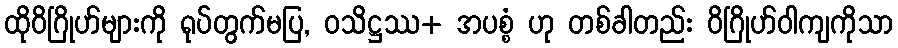
ထိုဝိဂြိုဟ်များကို ရုပ်တွက်မပြ, ဝသိဋ္ဌဿ+ အပစ္စံ ဟု တစ်ခါတည်း ဝိဂြိုဟ်ဝါကျကိုသာ